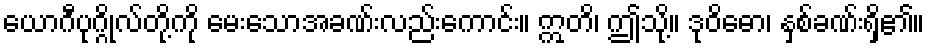
ယောဂီပုဂ္ဂိုလ်တို့ကို မေးသောအခဏ်းလည်းကောင်း။ ဣတိ၊ ဤသို့။ ဒုဝိဓော၊ နှစ်ခဏ်းရှိ၏။